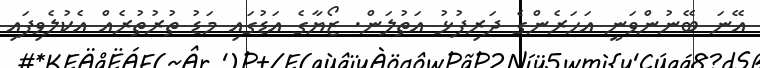
އޭނަ ބޭނުންވަނީ އަހަރެންގެ ދަރިފުޅު އަތުލަން. ޒޯޔާގެ އަޑުގައި މަޑު ތުރުތުރެއް އެކުލެވިފައި